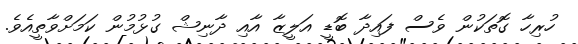
ހުރިހާ ގޮތަކުން ވެސް ފައިދާ ބޮޑީ އަލީޒާ އާއި ދާނިޝް ގުޅުމުން ކަމަށްވާތީއެވެ.